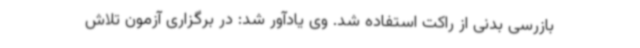
بازرسی بدنی از راکت استفاده شد. وی یادآور شد: در برگزاری آزمون تلاش